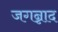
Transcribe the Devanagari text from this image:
जगन्नाद